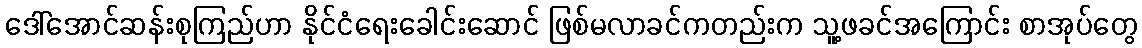
ဒေါ်အောင်ဆန်းစုကြည်ဟာ နိုင်ငံရေးခေါင်းဆောင် ဖြစ်မလာခင်ကတည်းက သူ့ဖခင်အကြောင်း စာအုပ်တွေ